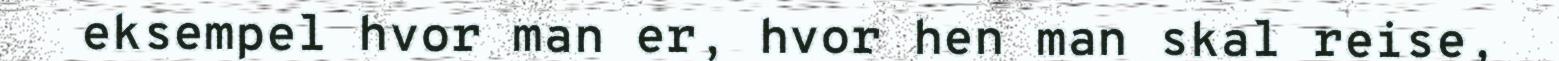
eksempel hvor man er, hvor hen man skal reise,